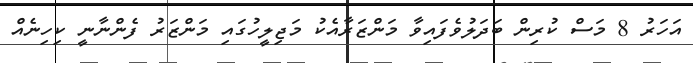
އަހަރު 8 މަސް ކުރިން ބަދަލުވެފައިވާ މަންޒަރާއެކު މަޖިލީހުގައި މަންޒަރު ފެންނާނީ ކިހިނެއް